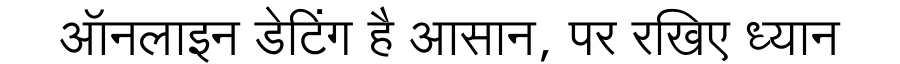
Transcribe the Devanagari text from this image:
ऑनलाइन डेटिंग है आसान, पर रखिए ध्यान